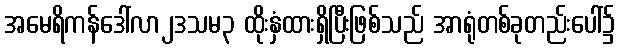
အမေရိကန်ဒေါ်လာ၂ဒသမ၃ ထိုးနှံထားရှိပြီးဖြစ်သည် အာရုံတစ်ခုတည်းပေါ်၌